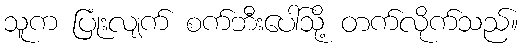
သူက ပြုံးလျက် စက်ဘီးပေါ်သို့ တက်လိုက်သည်။